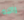
راتبه